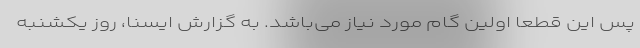
پس این قطعا اولین گام مورد نیاز می‌باشد. به گزارش ایسنا، روز یکشنبه